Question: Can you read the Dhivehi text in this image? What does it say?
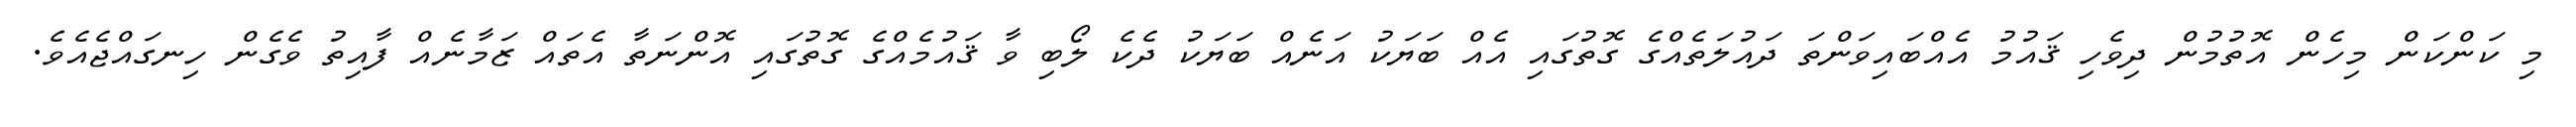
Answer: މި ކަންކަން މިހެން އޮތުމުން ދިވެހި ޤައުމު އެއްބައިވަންތަ ދައުލަތެއްގެ ގޮތުގައި އެއް ބަޔަކު އަނެއް ބަޔަކު ދެކެ ލޯބި ވާ ޤައުމެއްގެ ގޮތުގައި އޮންނަތާ އެތައް ޒަމާނެއް ފާއިތު ވެގެން ހިނގައްޖެއެވެ.